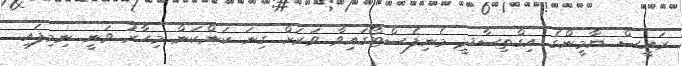
ރައީސް ޔާމީންގެ އިގްތިސާދީ މެނިފެސްޓޯގައިވާ ވަރަށް ގިނަ ކަންކަން މިހާރު ވަނީ ނިމިފައި